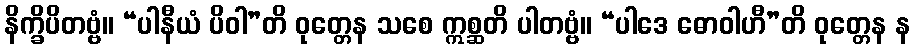
နိက္ခိပိတဗ္ဗံ။ “ပါနီယံ ပိဝါ”တိ ဝုတ္တေန သစေ ဣစ္ဆတိ ပါတဗ္ဗံ။ “ပါဒေ ဓောဝါဟီ”တိ ဝုတ္တေန န